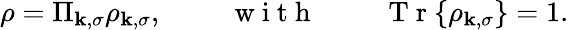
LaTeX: \rho=\Pi_{\mathbf{k},\sigma}\rho_{\mathbf{k},\sigma},\mathrm{{~\qquad~w~i~t~h~\qquad~}}\mathrm{{~T~r~}}\{ \rho_{\mathbf{k},\sigma}\} =1.